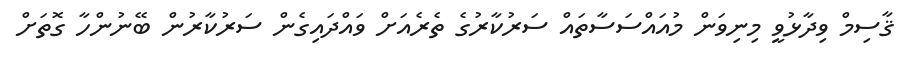
ޤާސިމް ވިދާޅުވީ މިނިވަން މުއައްސަސާތައް ސަރުކާރުގެ ތެރެއަށް ވައްދައިގެން ސަރުކާރުން ބޭނުންހާ ގޮތަށް